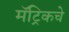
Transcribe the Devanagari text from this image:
मॅट्रिकचे